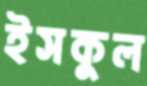
ইসকুল